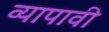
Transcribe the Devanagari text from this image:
व्यापावी